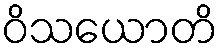
ဝိသယောတိ